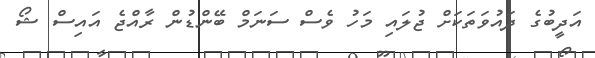
އަދީބުގެ ދައުވަތަކަށް ޖުލައި މަހު ވެސް ސަނަމް ބޭންޑުން ރާއްޖެ އައިސް ޝޯ